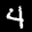
Label: 4